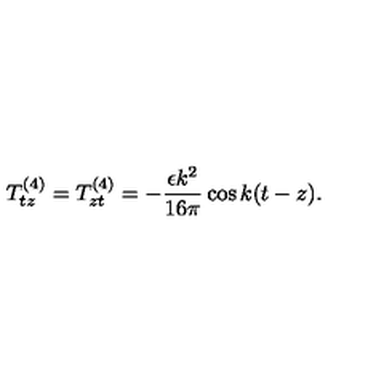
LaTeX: T _ { t z } ^ { ( 4 ) } = T _ { z t } ^ { ( 4 ) } = - \frac { \epsilon k ^ { 2 } } { 1 6 \pi } \cos k ( t - z ) .